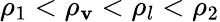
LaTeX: \rho_{1}<\rho_{\mathbf{v}}<\rho_{l}<\rho_{2}